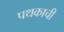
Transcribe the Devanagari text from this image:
पथकाची